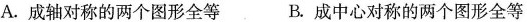
A.成轴对称的两个图形全等 B.成中心对称的两个图形全等